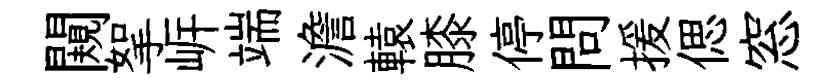
闚挐㟁端澹轅膝停問援偲窓